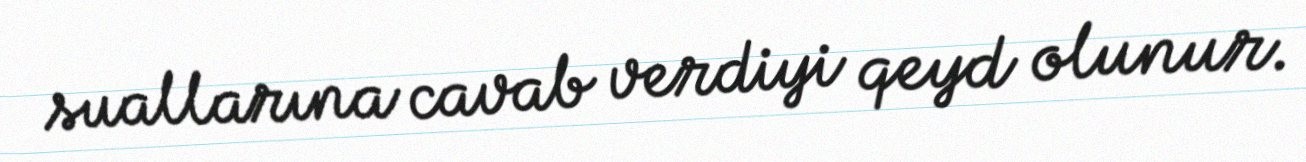
suallarına cavab verdiyi qeyd olunur.